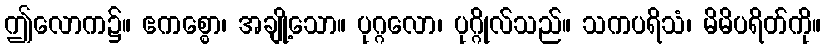
ဤလောက၌။ ဧကစ္စော၊ အချို့သော။ ပုဂ္ဂလော၊ ပုဂ္ဂိုလ်သည်။ သကပရိသံ၊ မိမိပရိတ်ကို။